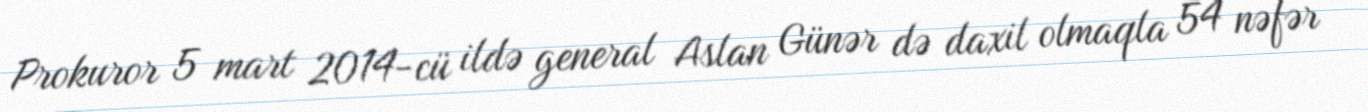
Prokuror 5 mart 2014-cü ildə general Aslan Günər də daxil olmaqla 54 nəfər